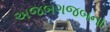
અજબગજબના